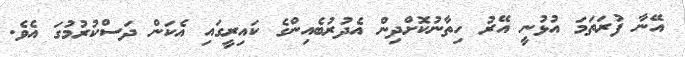
އޭނާ ފުރަތަމަ އުޅުނީ އޭރު ހިތާނުކޮށްދިން އެދުރުބެއިންގެ ކައިރީގައި އެކަން ދަސްކުރުމުގަ އެވެ.